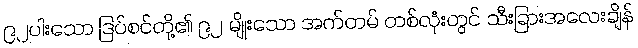
၉၂ပါးသော ဒြပ်စင်တို့၏ ၉၂ မျိုးသော အက်တမ် တစ်လုံးတွင် သီးခြားအလေးချိန်